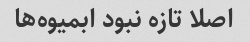
اصلا تازه نبود ابمیوه‌ها